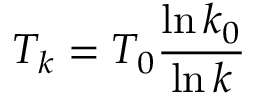
T _ { k } = T _ { 0 } \frac { \ln { k _ { 0 } } } { \ln { k } }